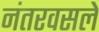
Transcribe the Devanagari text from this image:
नंतरवसले